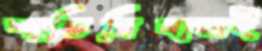
শান্তিনিবাসই